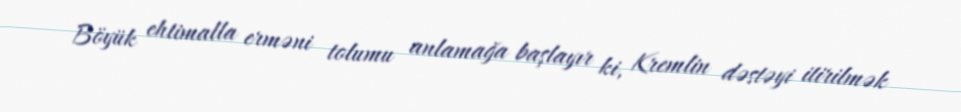
Böyük ehtimalla erməni tolumu anlamağa başlayır ki, Kremlin dəstəyi itirilmək